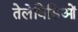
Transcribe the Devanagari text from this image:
तेलेविसिओं